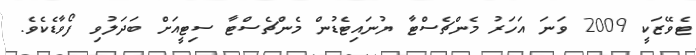
ޓެވޭޒަކީ 2009 ވަނަ އަހަރު މެންޗެސްޓާ ޔުނައިޓެޑުން މެންޗެސްޓާ ސިޓީއަށް ބަދަލުވި ފޯވާޑެކެވެ.